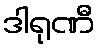
ဒါရုဏီ